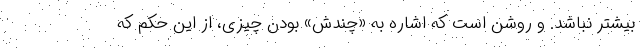
بیشتر نباشد. و روشن است که اشاره به «چندش» بودن چیزی، از این حکم که